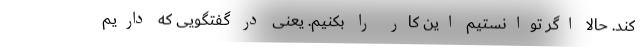
کند. حالا اگر توانستیم این کار را بکنیم. یعنی در گفتگویی که داریم